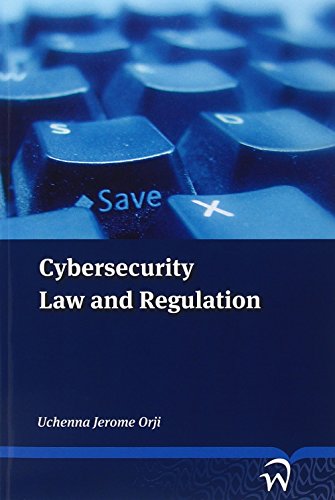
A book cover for Cybersecurity: Law and Regulation; Uchenna Jerome Orji; Law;